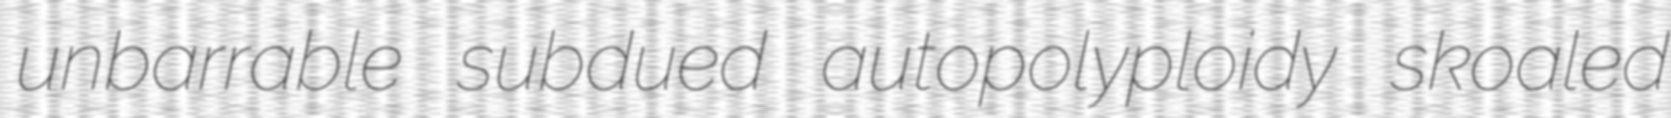
unbarrable subdued autopolyploidy skoaled